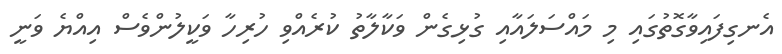
އެނގިފައިވާގޮތުގައި މި މައްސަލައާއި ގުޅިގެން ވަކާލާތު ކުރެއްވި ހުރިހާ ވަކީލުންވެސް އިއްޔެ ވަނީ